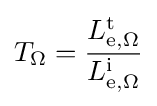
T_{\Omega }={\frac {L_{\mathrm {e} ,\Omega }^{\mathrm {t} }}{L_{\mathrm {e} ,\Omega }^{\mathrm {i} }}}